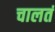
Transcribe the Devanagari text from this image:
चालतं